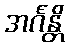
အင်္ဂန္တိ